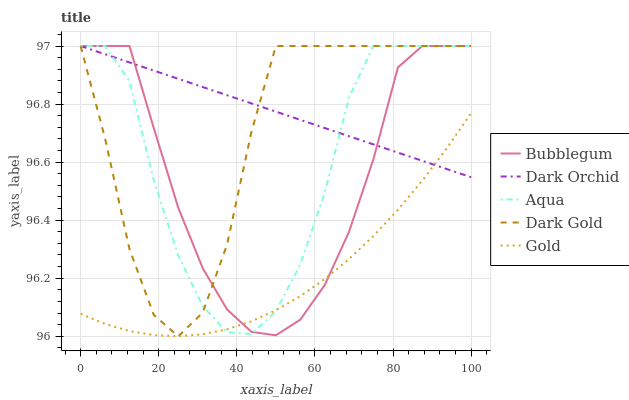
| xaxis_label | Bubblegum | Dark Orchid | Aqua | Dark Gold | Gold |
 | --- | --- | --- | --- | --- | --- |
 | 0 | 97 | 97 | 97 | 97 | 96.1 |
 | 6.25 | 97 | 97 | 97 | 96.7 | 96 |
 | 12.5 | 97 | 96.9 | 96.9 | 96.3 | 96 |
 | 18.8 | 96.7 | 96.9 | 96.5 | 96.1 | 96 |
 | 25 | 96.4 | 96.9 | 96.3 | 96 | 96 |
 | 31.2 | 96.2 | 96.9 | 96.1 | 96.1 | 96 |
 | 37.5 | 96.1 | 96.8 | 96 | 96.3 | 96 |
 | 43.8 | 96 | 96.8 | 96 | 96.7 | 96.1 |
 | 50 | 96 | 96.8 | 96.1 | 97 | 96.1 |
 | 56.2 | 96.1 | 96.7 | 96.2 | 97 | 96.1 |
 | 62.5 | 96.2 | 96.7 | 96.5 | 97 | 96.2 |
 | 68.8 | 96.4 | 96.7 | 96.8 | 97 | 96.3 |
 | 75 | 96.6 | 96.7 | 97 | 97 | 96.3 |
 | 81.2 | 96.9 | 96.6 | 97 | 97 | 96.4 |
 | 87.5 | 97 | 96.6 | 97 | 97 | 96.5 |
 | 93.8 | 97 | 96.6 | 97 | 97 | 96.6 |
 | 100 | 97 | 96.5 | 97 | 97 | 96.8 |